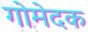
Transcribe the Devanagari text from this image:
गोमेदक